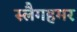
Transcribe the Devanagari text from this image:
स्लैगहमर